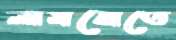
লামবোতে